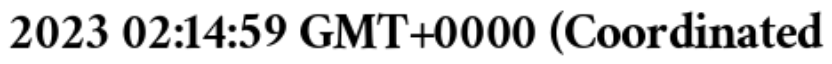
2023 02:14:59 GMT+0000 (Coordinated